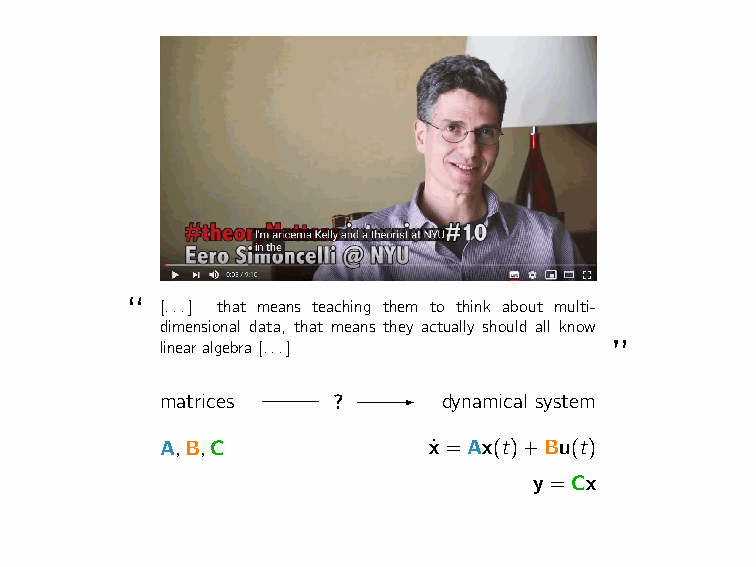
“  [...] that means teaching them to think about multi-
 dimensional data, that means they actually should all know
 linearalgebra[...]            ”
 matrices   ?      dynamical system
 A,B,C            x˙ =Ax(t)+Bu(t)
 y=Cx